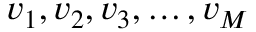
v _ { 1 } , v _ { 2 } , v _ { 3 } , \ldots , v _ { M }